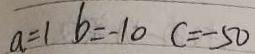
a = 1 b = - 1 0 c = - 5 0